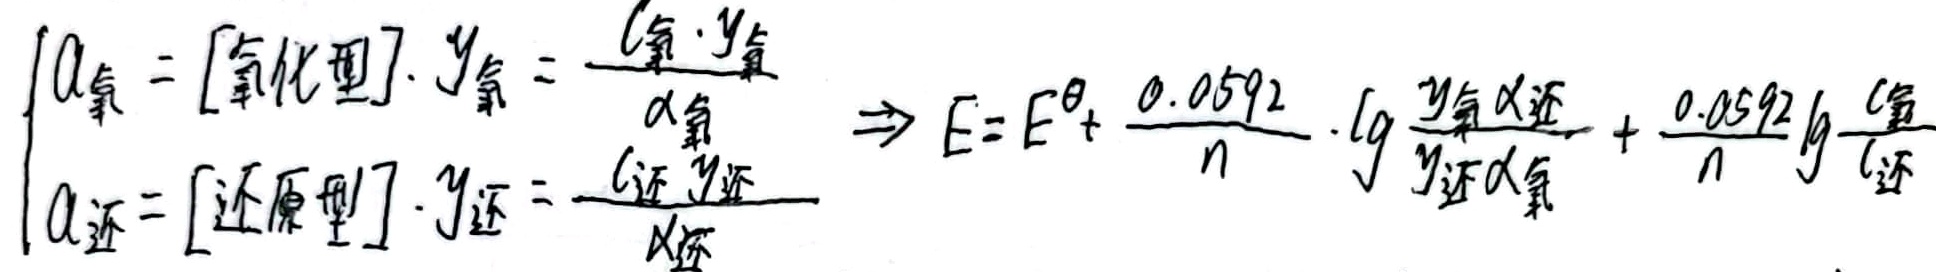
\[
\begin{cases}
\alpha_{\text{氧}} = [\text{氧化型}] \cdot y_{\text{氧}} = \frac{c_{\text{氧}} \cdot y_{\text{氧}}}{\alpha_{\text{氧}}} \\
\alpha_{\text{还}} = [\text{还原型}] \cdot y_{\text{还}} = \frac{c_{\text{还}} \cdot y_{\text{还}}}{\alpha_{\text{还}}}
\end{cases}
\Rightarrow E = E^{\theta}+\frac{0.0592}{n} \cdot \lg\frac{y_{\text{氧}}\alpha_{\text{还}}}{y_{\text{还}}\alpha_{\text{氧}}}+\frac{0.0592}{n}\lg\frac{c_{\text{氧}}}{c_{\text{还}}}
\]